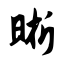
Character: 晰